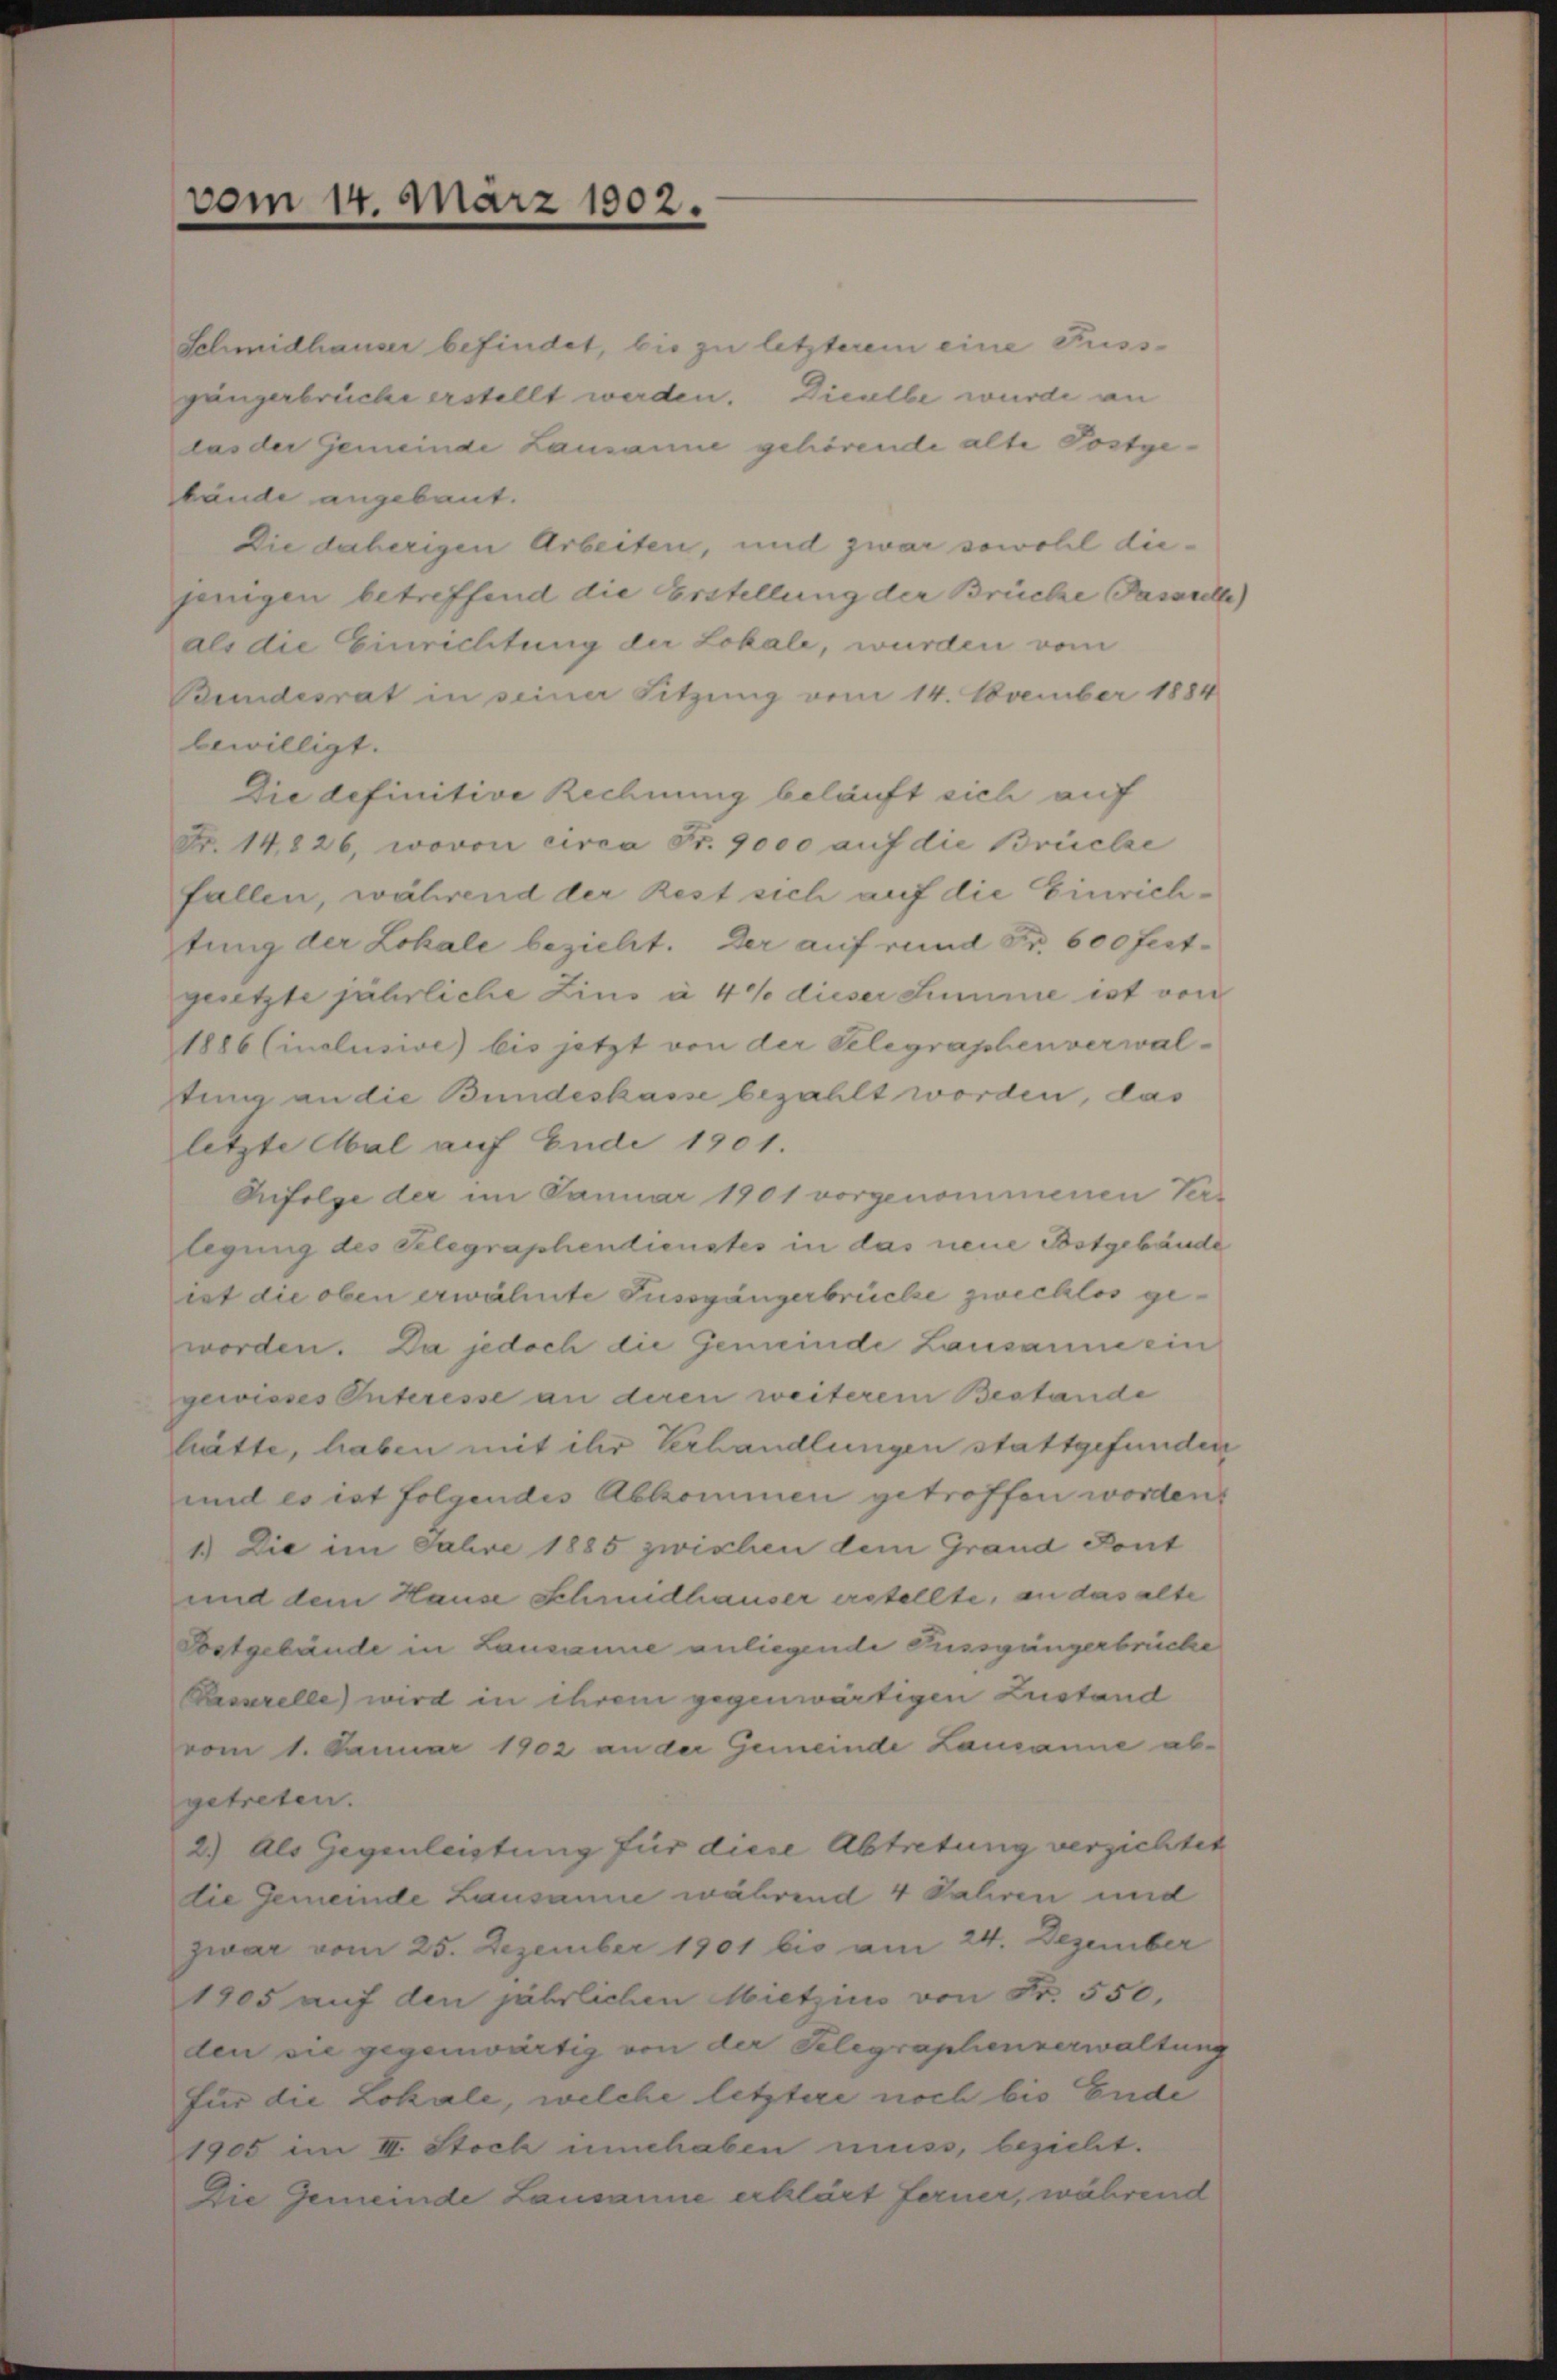
vom 14. März 1902.

Schmidhauser befindet, bis zu letzterem eine Fussgängerbrüche erstellt werden. Dieselbe wurde an
las der Gemeinde Lausanne gehörende alte Postgebände angebaut.
Die daherigen Arbeiten, und zwar sowohl diejenigen betreffend die Erstellung der Brüche Passile)
als die Einrichtung der Lokale, wurden vom
Bundesrat in seiner Sitzung vom 14. November 1884
bewilligt.
Die definitive Rechnung beläuft sich auf
Fr. 14,826, wovon circa Fr. 9000 auf die Brücke
fallen, während der Rest sich auf die Einrichtung der Lokale bezieht. Der auf rund Fr. 600 festgesetzte jährliche Zins à 4% dieser Summe ist von
1886 Cinclusive) bis jetzt von der Telegraphenverwal-
ting an die Bundeskasse bezahlt worden, das
letzte Mal auf Ende 1901.
Aufolge der im Januar 1901 vorgenommenen Ver-
legung des Telegraphendienstes in das neue Bstgebäude
ist die oben erwähnte Fussgängerbrücke zwecklos geworden. Da jedoch die Gemeinde Lausanne ein
gewisses Interesse an deren weiterem Bestande
hätte, haben mit ihr Verhandlungen stattgefunden
und es ist folgendes Abkommen getroffen worden.
1.) Die im Fahre 1885 zwischen dem Grand Pont
und dem Hause Schmidhäuser erstellte, an das alte
Postgebäude in Lausanne anliegende Fussgängerbrüche
Rasserelle) wird in ihrem gegenwärtigen Zustand
vom 1. Januar 1902 an der Gemeinde Lamanne ab-
getreten.
2.) Als Gegenleistung für diese Abtretung verzichtet
die Gemeinde Lausanne während 4 Jahren und
zwar vom 25. Dezember 1901 bis am 24. Dezember
1905 auf den jährlichen Mietzins von Fr. 550,
den sie gegenwärtig von der Telegraphenverwaltung
für die Lokale, welche letztere noch bis Ende
1905 im III. Stock innehaben muss, bezieht.
Die Gemeinde Lausanne erklärt ferner, während